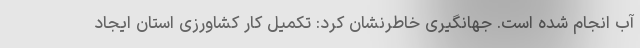
آب انجام شده است. جهانگیری خاطرنشان کرد: تکمیل کار کشاورزی استان ایجاد